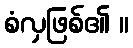
စံလှဖြစ်၏ ။